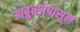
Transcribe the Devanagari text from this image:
आब्रुत्सोपासून